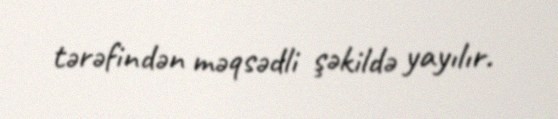
tərəfindən məqsədli şəkildə yayılır.